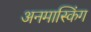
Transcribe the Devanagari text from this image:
अनमास्किंग